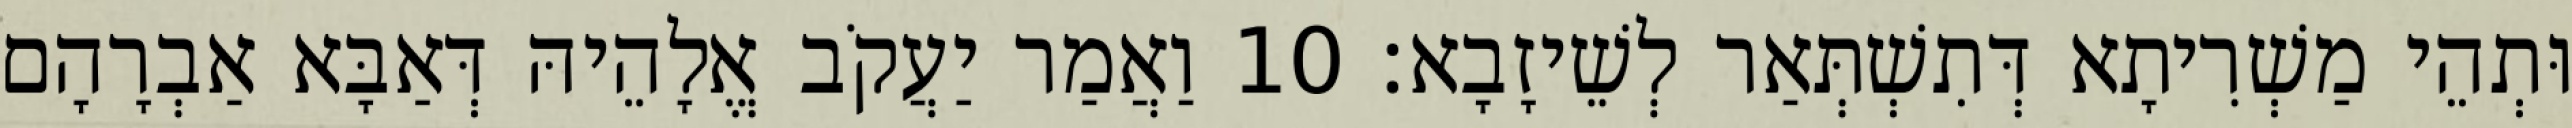
וּתְהֵי מַשְׁרִיתָא דְּתִשְׁתְּאַר לְשֵׁיזָבָא׃ 10 וַאֲמַר יַעֲקֹב אֱלָהֵיהּ דְּאַבָּא אַבְרָהָם